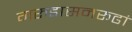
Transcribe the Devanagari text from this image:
गरुडासनरूढां